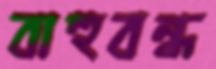
বাহুবন্ধ